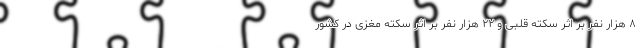
۸ هزار نفر بر اثر سکته قلبی و ۲۲ هزار نفر بر اثر سکته مغزی در کشور